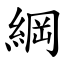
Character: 綱